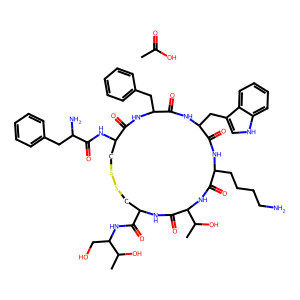
SMILES: CC(=O)O.CC(O)C(CO)NC(=O)C1CSSCC(NC(=O)C(N)Cc2ccccc2)C(=O)NC(Cc2ccccc2)C(=O)NC(Cc2c[nH]c3ccccc23)C(=O)NC(CCCCN)C(=O)NC(C(C)O)C(=O)N1
Inhibits HIV replication: No